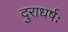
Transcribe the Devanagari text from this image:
दुराधर्षः